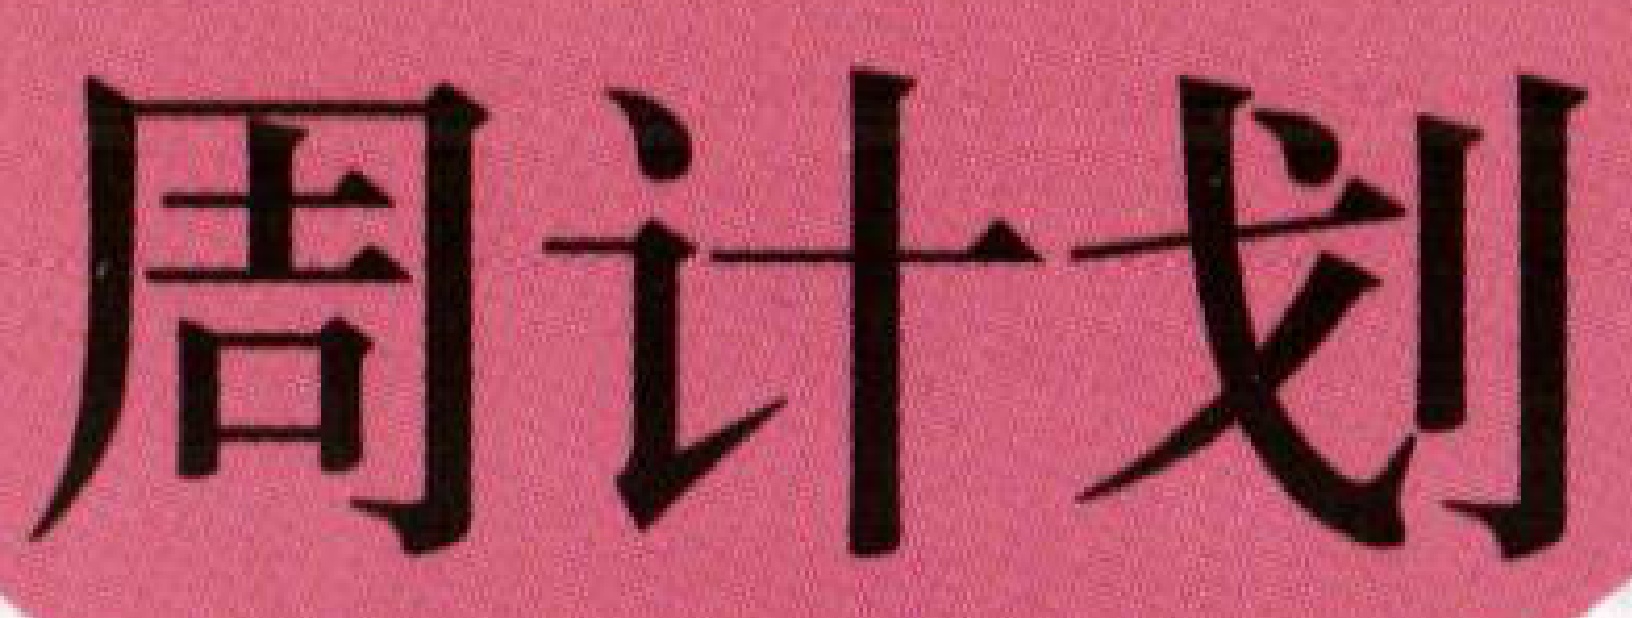
周计划